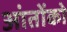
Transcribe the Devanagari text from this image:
आंतोंको